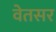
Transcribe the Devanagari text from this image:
वेतसर